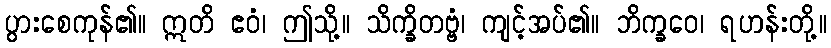
ပွားစေကုန်၏။ ဣတိ ဧဝံ၊ ဤသို့။ သိက္ခိတဗ္ဗံ၊ ကျင့်အပ်၏။ ဘိက္ခဝေ၊ ရဟန်းတို့။